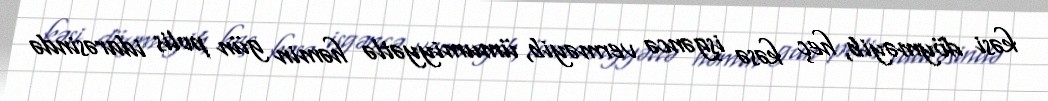
kəsi döyməyib, heç kəsə işgəncə verməyib, ümumiyyətlə həmin gün polis idarəsində